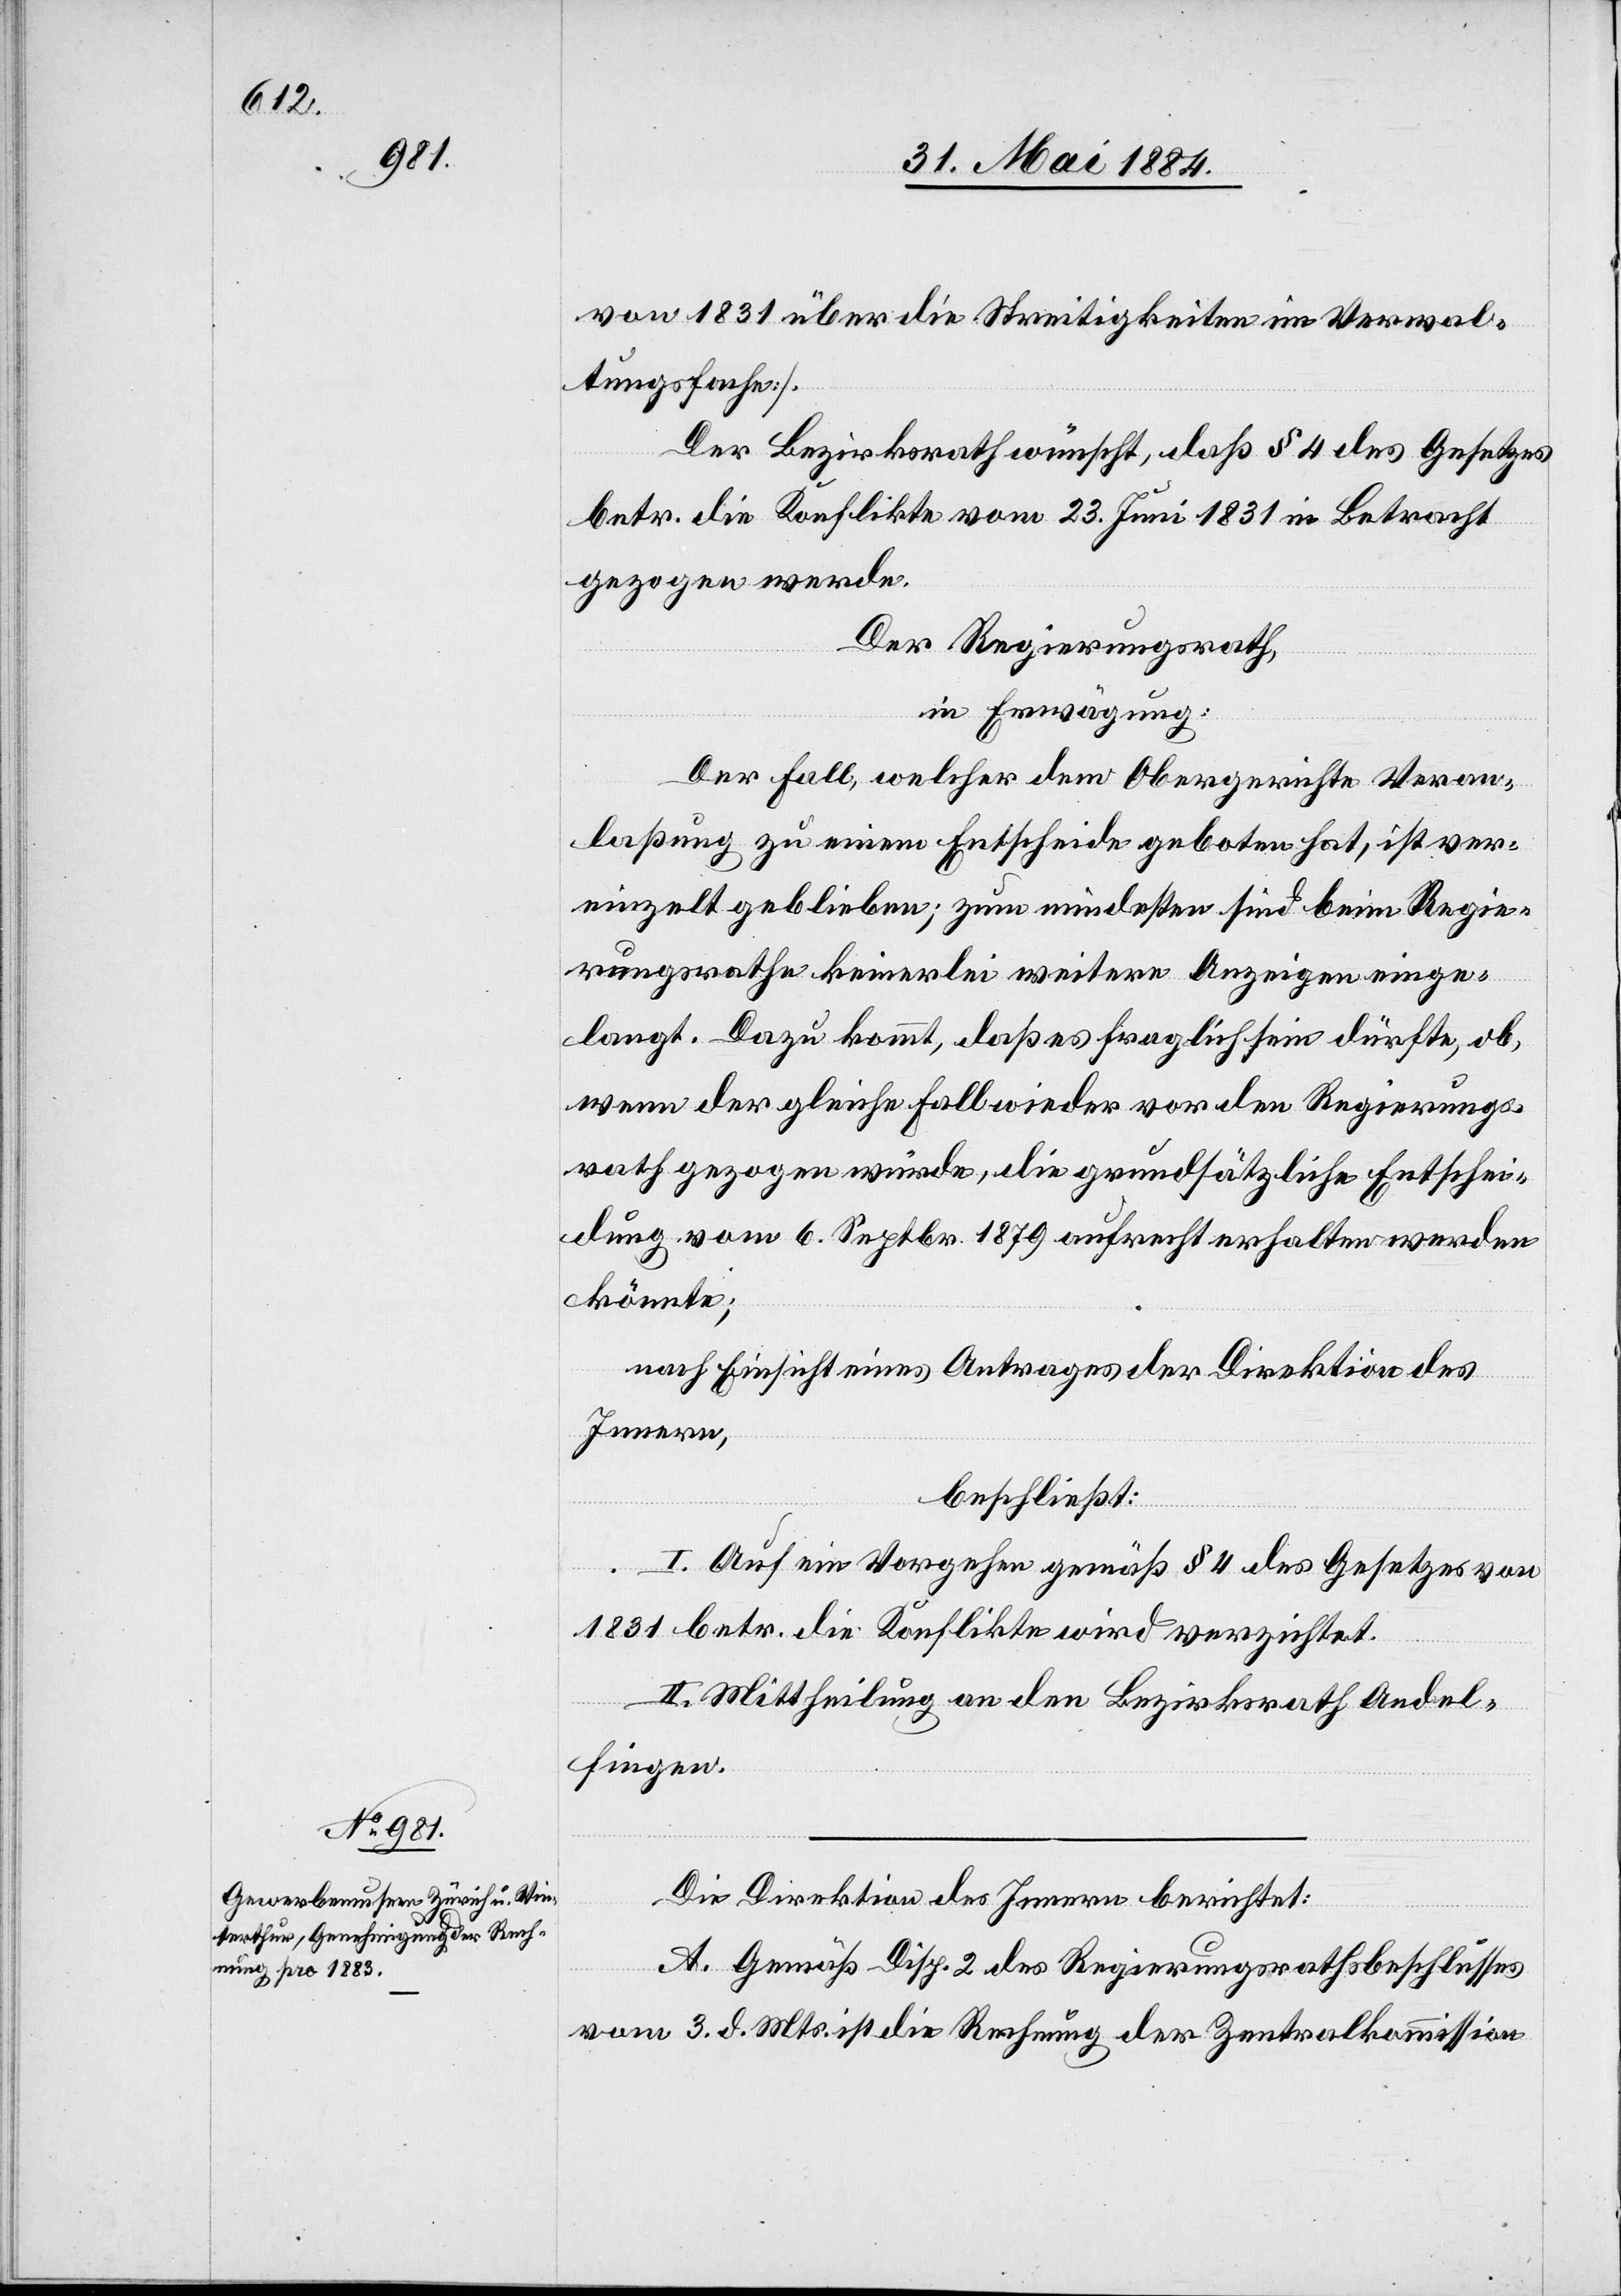
von 1831 über die Streitigkeiten im Verwal¬
tungsfache].
Der Bezirksrath wünscht, daß § 4 des Gesetzes
betr. die Konflikte vom 23. Juni 1831 in Betracht
gezogen werden.
Der Regierungsrath,
in Erwägung:
Der Fall, welcher dem Obergerichte Veran¬
laßung zu einem Entscheide geboten hat, ist ver¬
einzelt geblieben; zum mindesten sind beim Regie¬
rungsrathe keinerlei weitere Anzeigen einge¬
langt. Dazu kommt, daß es fraglich sein dürfte, ob,
wenn der gleiche Fall wieder vor den Regierungs¬
rath gezogen würde, die grundsätzliche Entschei¬
dung vom 6. Septbr. 1879 aufrecht erhalten werden
könnte;
nach Einsicht eins Antrages der Direktion des
Innern,
beschließt:
I. Auf ein Vorgehen gemäß § 4 des Gesetzes betr.
wird
II. Mittheilung an den Bezirksrath Andel¬
fingen.
Die Direktion des Innern berichtet:
A. Gemäß Disp. 2 des Regierungsrathsbeschlusses
vom 3. d. Mts. ist die Rechnung der Zentralkommission